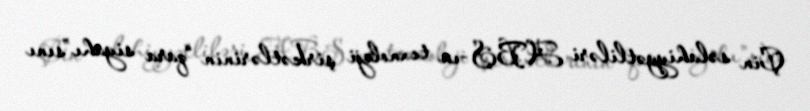
Çin səlahiyyətliləri ABŞ-ın texnoloji şirkətlərinin “qara siyahı”sını